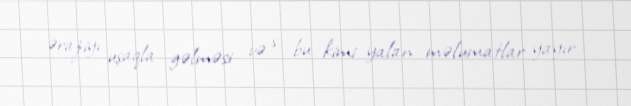
əraziyı uşaqla gəlməsi və s. bu kimi yalan məlumatlar yayır.